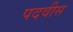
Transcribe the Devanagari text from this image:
पदवीस